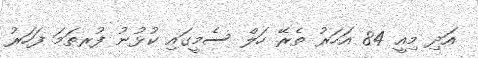
އަދި މިއީ 84 އަހަރު ތެރޭ ހަލް ސެމީގައި ކުޅުނު ފުރތަމަ ފަހަރު